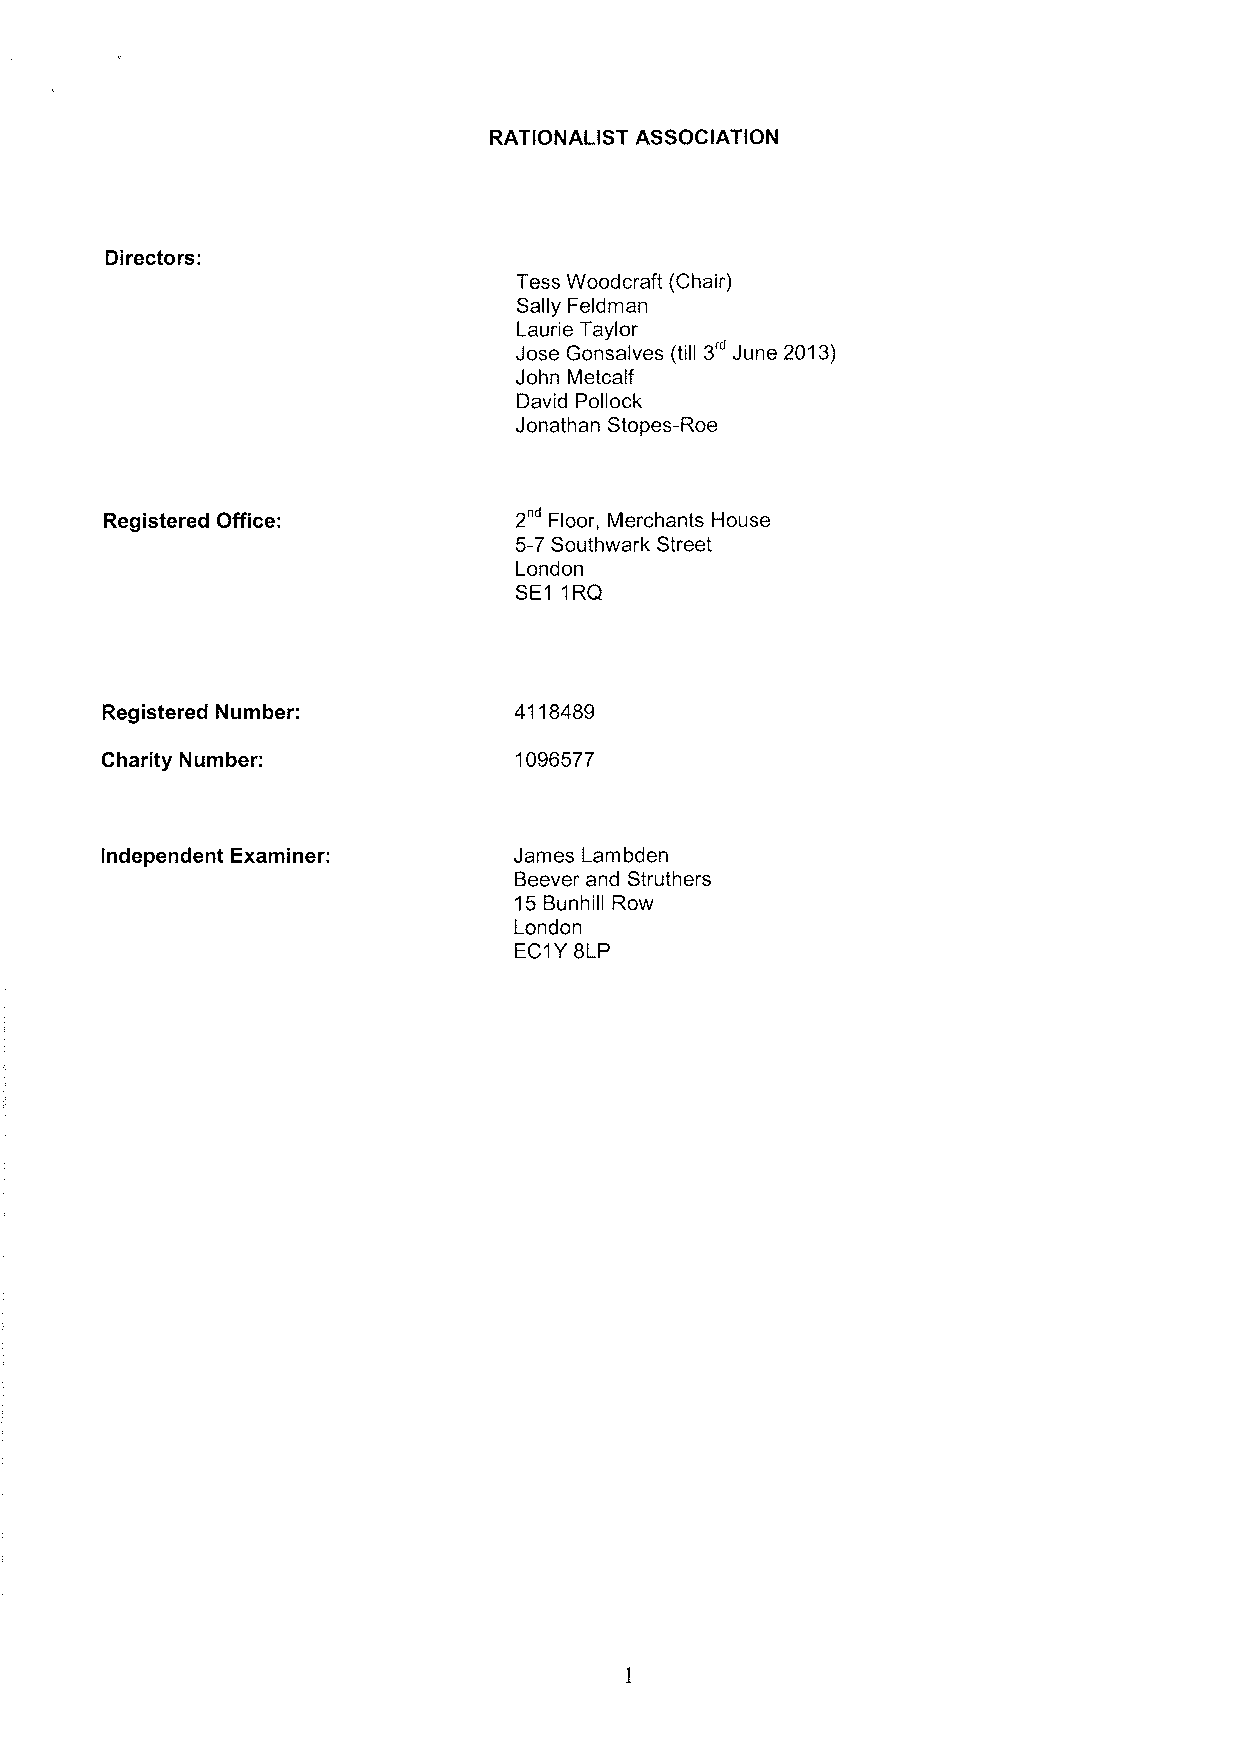
RATIONALIST ASSOCIATION
 Directors:
 Tess Woodcraft (Chair)
 Sally Feldman
 Laurie Taylor
 3'"
 Jose Gonsalves (till June 2013)
 John Metcalf
 David Pollock
 Jonathan Stopes-Roe
 Registered Office:         2" Floor, Merchants House
 5-7Southwark Street
 London
 SE1 1RQ
 Registered Number:         4118489
 Charity Number:            1096577
 Independent Examiner:      James Lambden
 Beever and Struthers
 15Bunhill Row
 London
 EC1Y8LP